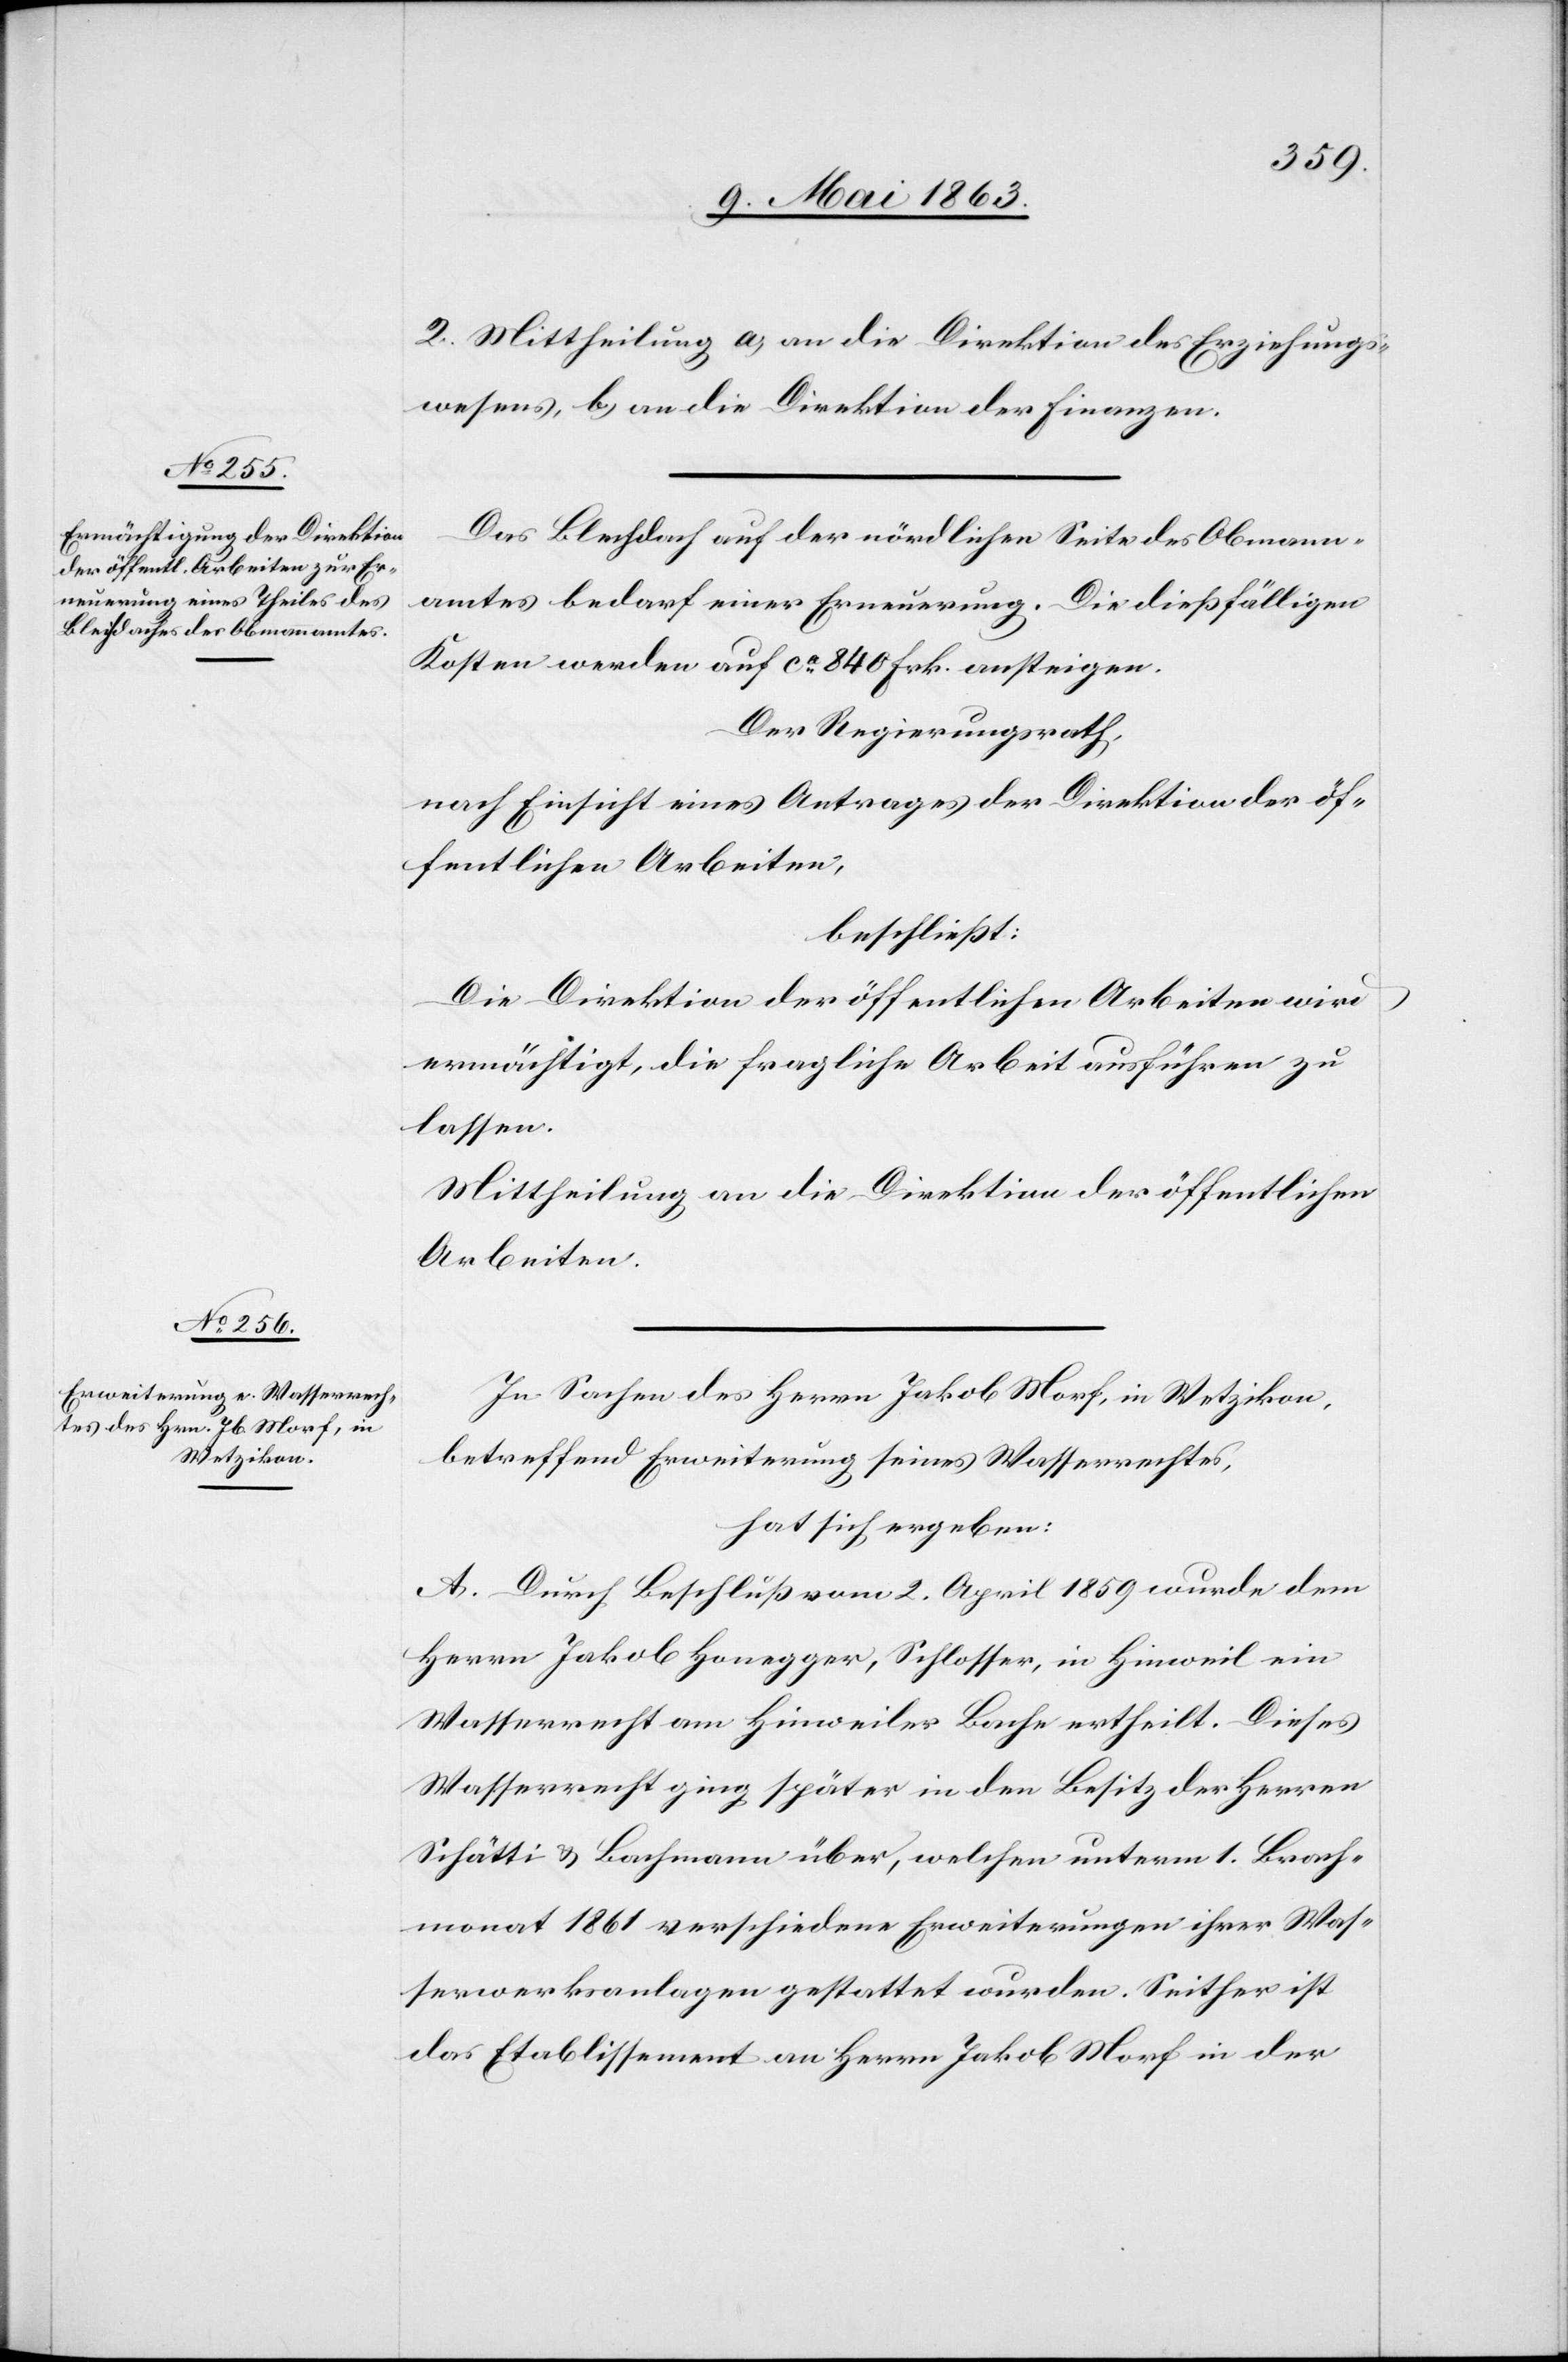
2. Mittheilung a) an die Direktion des Erziehungs¬
wesens, b) an die Direktion der Finanzen.
Das Blechdach auf der nördlichen Seite des Obmann¬
amtes bedarf einer Erneuerung. Die dießfälligen
Kosten werden auf ca 840 Frk. ansteigen.
Der Regierungsrath,
nach Einsicht eines Antrages der Direktion der öf¬
fentlichen Arbeiten,
beschließt:
Die Direktion der öffentlichen Arbeiten wird
ermächtigt, die fragliche Arbeit ausführen zu
lassen.
Mittheilung an die Direktion der öffentlichen
Arbeiten.
In Sachen des Herrn Jakob Morf, in Wetzikon,
betreffend Erweiterung seines Wasserrechtes,
hat sich ergeben
A. Durch Beschluß vom 2. April 1859 wurde dem
Herrn Jakob Honegger, Schlosser, in Hinweil ein
Wasserrecht am Hinweiler Bache ertheilt. Dieses
Wasserrecht ging später in den Besitz der Herren
Schätti & Bachmann über, welchen unterm 1. Brach¬
monat 1861 verschiedene Erweiterungen ihrer Was¬
serwerksanlagen gestattet wurden. Seither ist
das Etablissement an Herrn Jakob Morf in der